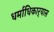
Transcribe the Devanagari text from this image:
धर्माधिकार्‍यास